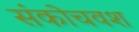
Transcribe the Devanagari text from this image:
संकोचवश